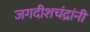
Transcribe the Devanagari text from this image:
जगदीशचंद्रांनी